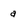
Character: a